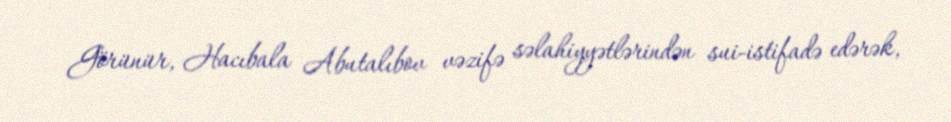
Görünür, Hacıbala Abutalıbov vəzifə səlahiyyətlərindən sui-istifadə edərək,